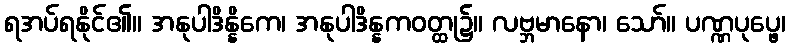
ရအပ်ရနိုင်၏။ အနုပါဒိန္နိကေ၊ အနုပါဒိန္နကဝတ္ထု၌။ လဗ္ဘမာနော၊ သော်။ ပဏ္ဏပုပ္ဖေ၊